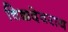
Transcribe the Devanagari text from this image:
चिक्कदेवराय